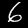
Label: 6